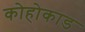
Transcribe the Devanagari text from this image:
कोहोकाड